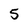
Character: 5